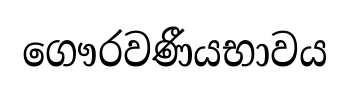
ගෞරවණීයභාවය